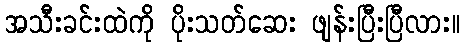
အသီးခင်းထဲကို ပိုးသတ်ဆေး ဖျန်းပြီးပြီလား။